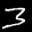
Label: 3